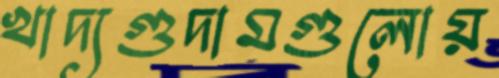
খাদ্যগুদামগুলোয়